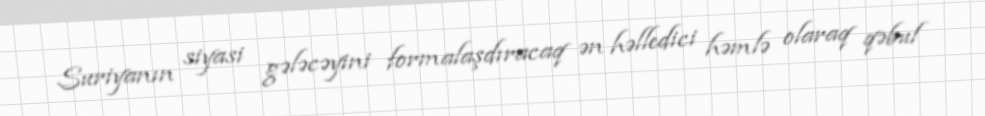
Suriyanın siyasi gələcəyini formalaşdıracaq ən həlledici həmlə olaraq qəbul